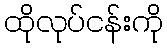
ထိုလုပ်ငန်းကို